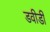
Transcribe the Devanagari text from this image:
डवीडी